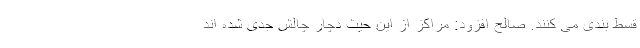
قسط بندی می کنند. صالح افزود: مراکز از این حیث دچار چالش جدی شده اند